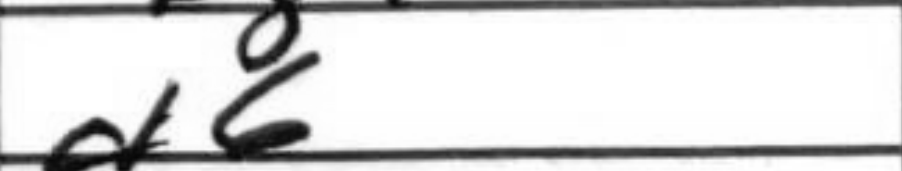
Transcription: d6